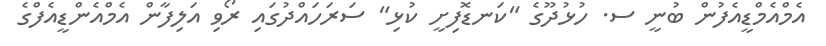
އެމްއެމްޑީއެފުން ބުނީ ސ. ހުޅުދޫގެ "ކަނޑޮފިށީ ކުޅި" ސަރަހައްދުގައި ރޯވި އަލިފާން އެމްއެންޑީއެފްގެ